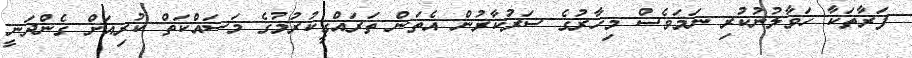
ފަރާތަކާ ހަވާލުނުކުރި ނަމަވެސް މިހާރުގެ ސަރުކާރުން އެތަން ތަރައްގީކުރުމުގެ މަސައްކަތް ކުރިއަށް ގެންދަނީ